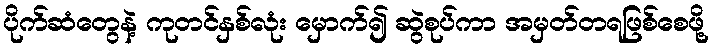
ပိုက်ဆံတွေနဲ့ ကုတင်နှစ်လုံး မှောက်၍ ဆွဲစုပ်ကာ အမှတ်တရဖြစ်စေဖို့